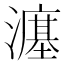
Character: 𪷲